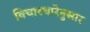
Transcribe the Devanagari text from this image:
विचारधारेनुसार